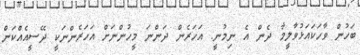
ބަހުން ވާހަކައަޅުވާލީމާ ދެން އެ ނިމުނީ. އަހަރެން ދަންނަ މީހުންނަށް އަހަރެންނަކީ ދޭސީއެއްކަން